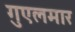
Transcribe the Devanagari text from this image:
गुएलमार